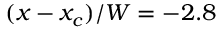
( x - x _ { c } ) / W = - 2 . 8